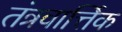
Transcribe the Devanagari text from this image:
तंत्रवार्त्तिक